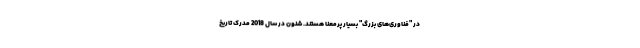
در "فناوری‌های بزرگ" بسیار پرمعنا هستند. شنون در سال 2018 مدرک تاریخ